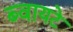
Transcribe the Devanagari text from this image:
ब्वायटे